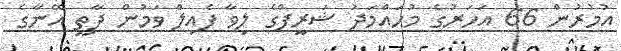
އުމުރުން 66 އަހަރުގެ މުހައްމަދު ޝަރީފްގެ ލިވާ ފެއިލް ވަމުން ދާތީ އޭނާގެ